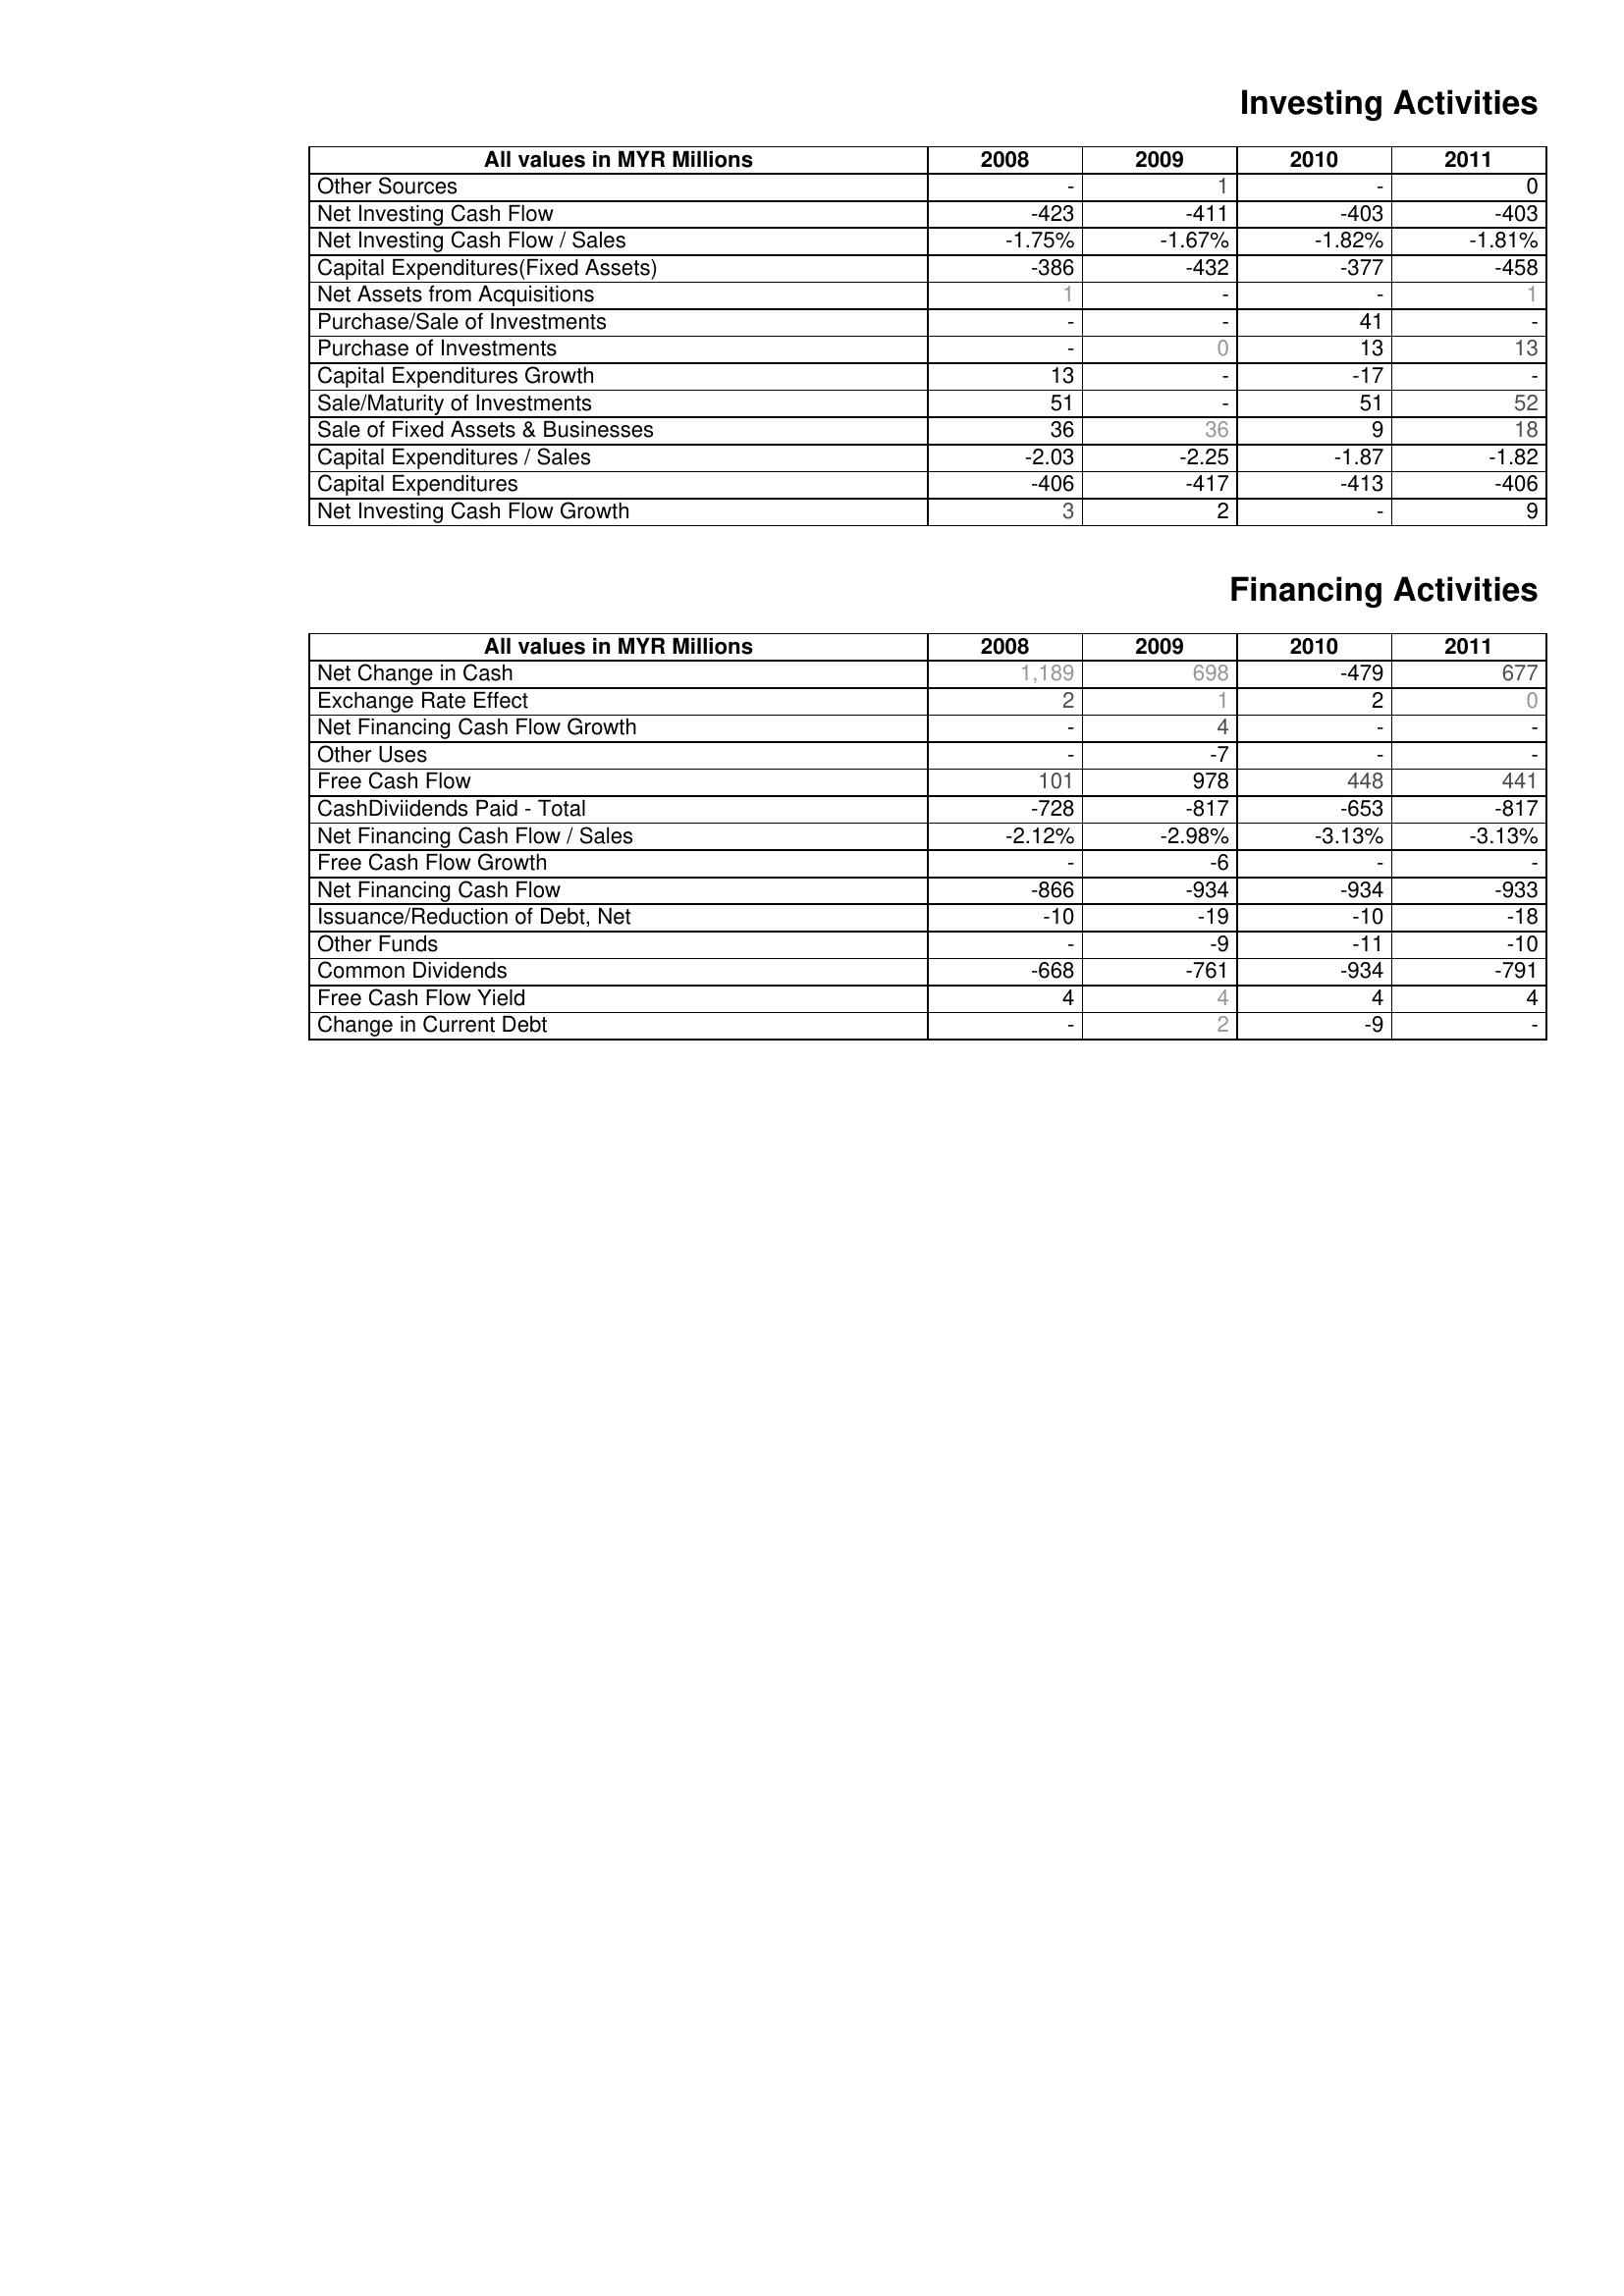
2008: Investing Activities: Other Sources: -
Net Investing Cash Flow: -423
Net Investing Cash Flow / Sales: -1.75%
Capital Expenditures(Fixed Assets): -386
Net Assets from Acquisitions: 1
Purchase/Sale of Investments: -
Purchase of Investments: -
Capital Expenditures Growth: 13
Sale/Maturity of Investments: 51
Sale of Fixed Assets & Businesses: 36
Capital Expenditures / Sales: -2.03
Capital Expenditures: -406
Net Investing Cash Flow Growth: 3
Financing Activities: Net Change in Cash: 1,189
Exchange Rate Effect: 2
Net Financing Cash Flow Growth: -
Other Uses: -
Free Cash Flow: 101
CashDiviidends Paid - Total: -728
Net Financing Cash Flow / Sales: -2.12%
Free Cash Flow Growth: -
Net Financing Cash Flow: -866
Issuance/Reduction of Debt, Net: -10
Other Funds: -
Common Dividends: -668
Free Cash Flow Yield: 4
Change in Current Debt: -
2009: Investing Activities: Other Sources: 1
Net Investing Cash Flow: -411
Net Investing Cash Flow / Sales: -1.67%
Capital Expenditures(Fixed Assets): -432
Net Assets from Acquisitions: -
Purchase/Sale of Investments: -
Purchase of Investments: 0
Capital Expenditures Growth: -
Sale/Maturity of Investments: -
Sale of Fixed Assets & Businesses: 36
Capital Expenditures / Sales: -2.25
Capital Expenditures: -417
Net Investing Cash Flow Growth: 2
Financing Activities: Net Change in Cash: 698
Exchange Rate Effect: 1
Net Financing Cash Flow Growth: 4
Other Uses: -7
Free Cash Flow: 978
CashDiviidends Paid - Total: -817
Net Financing Cash Flow / Sales: -2.98%
Free Cash Flow Growth: -6
Net Financing Cash Flow: -934
Issuance/Reduction of Debt, Net: -19
Other Funds: -9
Common Dividends: -761
Free Cash Flow Yield: 4
Change in Current Debt: 2
2010: Investing Activities: Other Sources: -
Net Investing Cash Flow: -403
Net Investing Cash Flow / Sales: -1.82%
Capital Expenditures(Fixed Assets): -377
Net Assets from Acquisitions: -
Purchase/Sale of Investments: 41
Purchase of Investments: 13
Capital Expenditures Growth: -17
Sale/Maturity of Investments: 51
Sale of Fixed Assets & Businesses: 9
Capital Expenditures / Sales: -1.87
Capital Expenditures: -413
Net Investing Cash Flow Growth: -
Financing Activities: Net Change in Cash: -479
Exchange Rate Effect: 2
Net Financing Cash Flow Growth: -
Other Uses: -
Free Cash Flow: 448
CashDiviidends Paid - Total: -653
Net Financing Cash Flow / Sales: -3.13%
Free Cash Flow Growth: -
Net Financing Cash Flow: -934
Issuance/Reduction of Debt, Net: -10
Other Funds: -11
Common Dividends: -934
Free Cash Flow Yield: 4
Change in Current Debt: -9
2011: Investing Activities: Other Sources: 0
Net Investing Cash Flow: -403
Net Investing Cash Flow / Sales: -1.81%
Capital Expenditures(Fixed Assets): -458
Net Assets from Acquisitions: 1
Purchase/Sale of Investments: -
Purchase of Investments: 13
Capital Expenditures Growth: -
Sale/Maturity of Investments: 52
Sale of Fixed Assets & Businesses: 18
Capital Expenditures / Sales: -1.82
Capital Expenditures: -406
Net Investing Cash Flow Growth: 9
Financing Activities: Net Change in Cash: 677
Exchange Rate Effect: 0
Net Financing Cash Flow Growth: -
Other Uses: -
Free Cash Flow: 441
CashDiviidends Paid - Total: -817
Net Financing Cash Flow / Sales: -3.13%
Free Cash Flow Growth: -
Net Financing Cash Flow: -933
Issuance/Reduction of Debt, Net: -18
Other Funds: -10
Common Dividends: -791
Free Cash Flow Yield: 4
Change in Current Debt: -